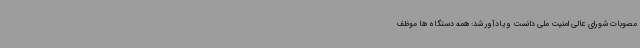
مصوبات شورای عالی امنیت ملی دانست و یادآور شد: همه دستگاه ها موظف